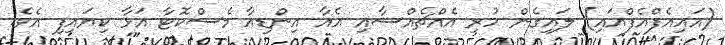
(އައިއެފްއެފްއައި) ލައިގެން ހުރި އެއްޗެއްސާއި އެއާ އިންޑިއާ މެސްކޮޓާ އަޅާ ކިޔައިފި އެވެ.